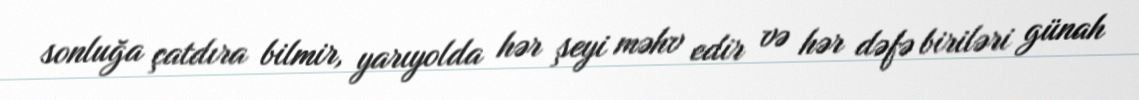
sonluğa çatdıra bilmir, yarıyolda hər şeyi məhv edir və hər dəfə biriləri günah